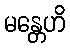
မန္တေဟိ